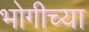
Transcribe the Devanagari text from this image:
भोगीच्या